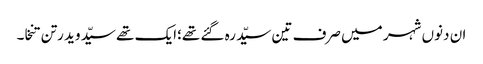
ان دنوں شہر میں صرف تین سیّد رہ گئے تھے؛ایک تھے سیّد وید رتن تنخا۔